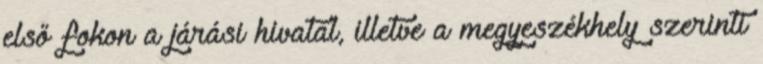
első fokon a járási hivatal, illetve a megyeszékhely szerinti